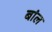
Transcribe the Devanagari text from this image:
बांल